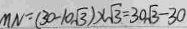
M N = ( 3 0 - 1 0 \sqrt { 3 } ) \times \sqrt { 3 } = 3 0 \sqrt { 3 } - 3 0